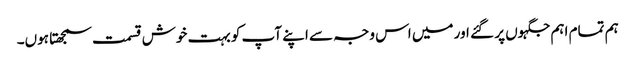
ہم تمام اہم جگہوں پر گئے اور میں اس وجہ سے اپنے آپ کو بہت خوش قسمت سمجھتا ہوں۔